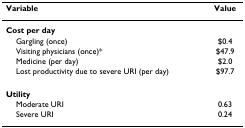
<table><thead><tr><td><b>Variable</b></td><td><b>Value</b></td></tr></thead><tbody><tr><td><b>Cost per day</b></td><td></td></tr><tr><td> Gargling (once)</td><td>$0.4</td></tr><tr><td> Visiting physicians (once)*</td><td>$47.9</td></tr><tr><td> Medicine (per day)</td><td>$2.0</td></tr><tr><td> Lost productivity due to severe URI (per day)</td><td>$97.7</td></tr><tr><td><b>Utility</b></td><td></td></tr><tr><td> Moderate URI</td><td>0.63</td></tr><tr><td> Severe URI</td><td>0.24</td></tr></tbody></table>